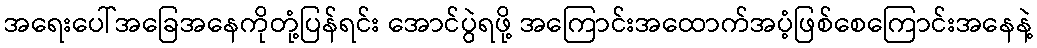
အရေးပေါ်အခြေအနေကိုတုံ့ပြန်ရင်း အောင်ပွဲရဖို့ အကြောင်းအထောက်အပံ့ဖြစ်စေကြောင်းအနေနဲ့